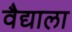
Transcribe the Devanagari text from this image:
वैद्याला